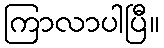
ကြာလာပါပြီ။